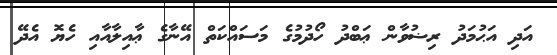
އަދި އަޙުމަދު ރިޟުވާން ޢަބްދު ހޯދުމުގެ މަސައްކަތް އޭނާގެ ޢާއިލާއާއި ހެޔޮ އެދޭ